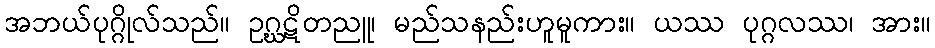
အဘယ်ပုဂ္ဂိုလ်သည်။ ဥဂ္ဃဋိတညူ၊ မည်သနည်းဟူမူကား။ ယဿ ပုဂ္ဂလဿ၊ အား။